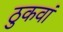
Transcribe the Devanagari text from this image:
ठुकवां